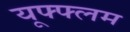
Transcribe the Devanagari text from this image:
यूफ्फ्लम